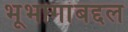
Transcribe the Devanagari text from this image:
भूभागांबद्दल